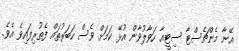
އޭނާ މެންޗެސްޓާ ސިޓީއާ ހަވާލުވާން އުޅޭ ކަމަށް ވެސް ހަބަރުތައް ފެތުރިފައިވެ އެވެ.